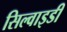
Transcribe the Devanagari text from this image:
सिल्वाइडी